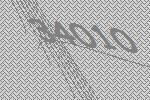
34010